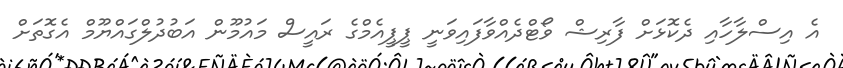
އެ އިސްލާހާއި ދެކޮޅަށް ފާރިޝް ވޯޓްދެއްވާފައިވަނީ ޕީޕީއެމްގެ ރައީސް މައުމޫން އަބުދުލްގައްޔޫމް އެގޮތަށް